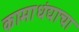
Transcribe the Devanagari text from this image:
कामाधंद्याचा